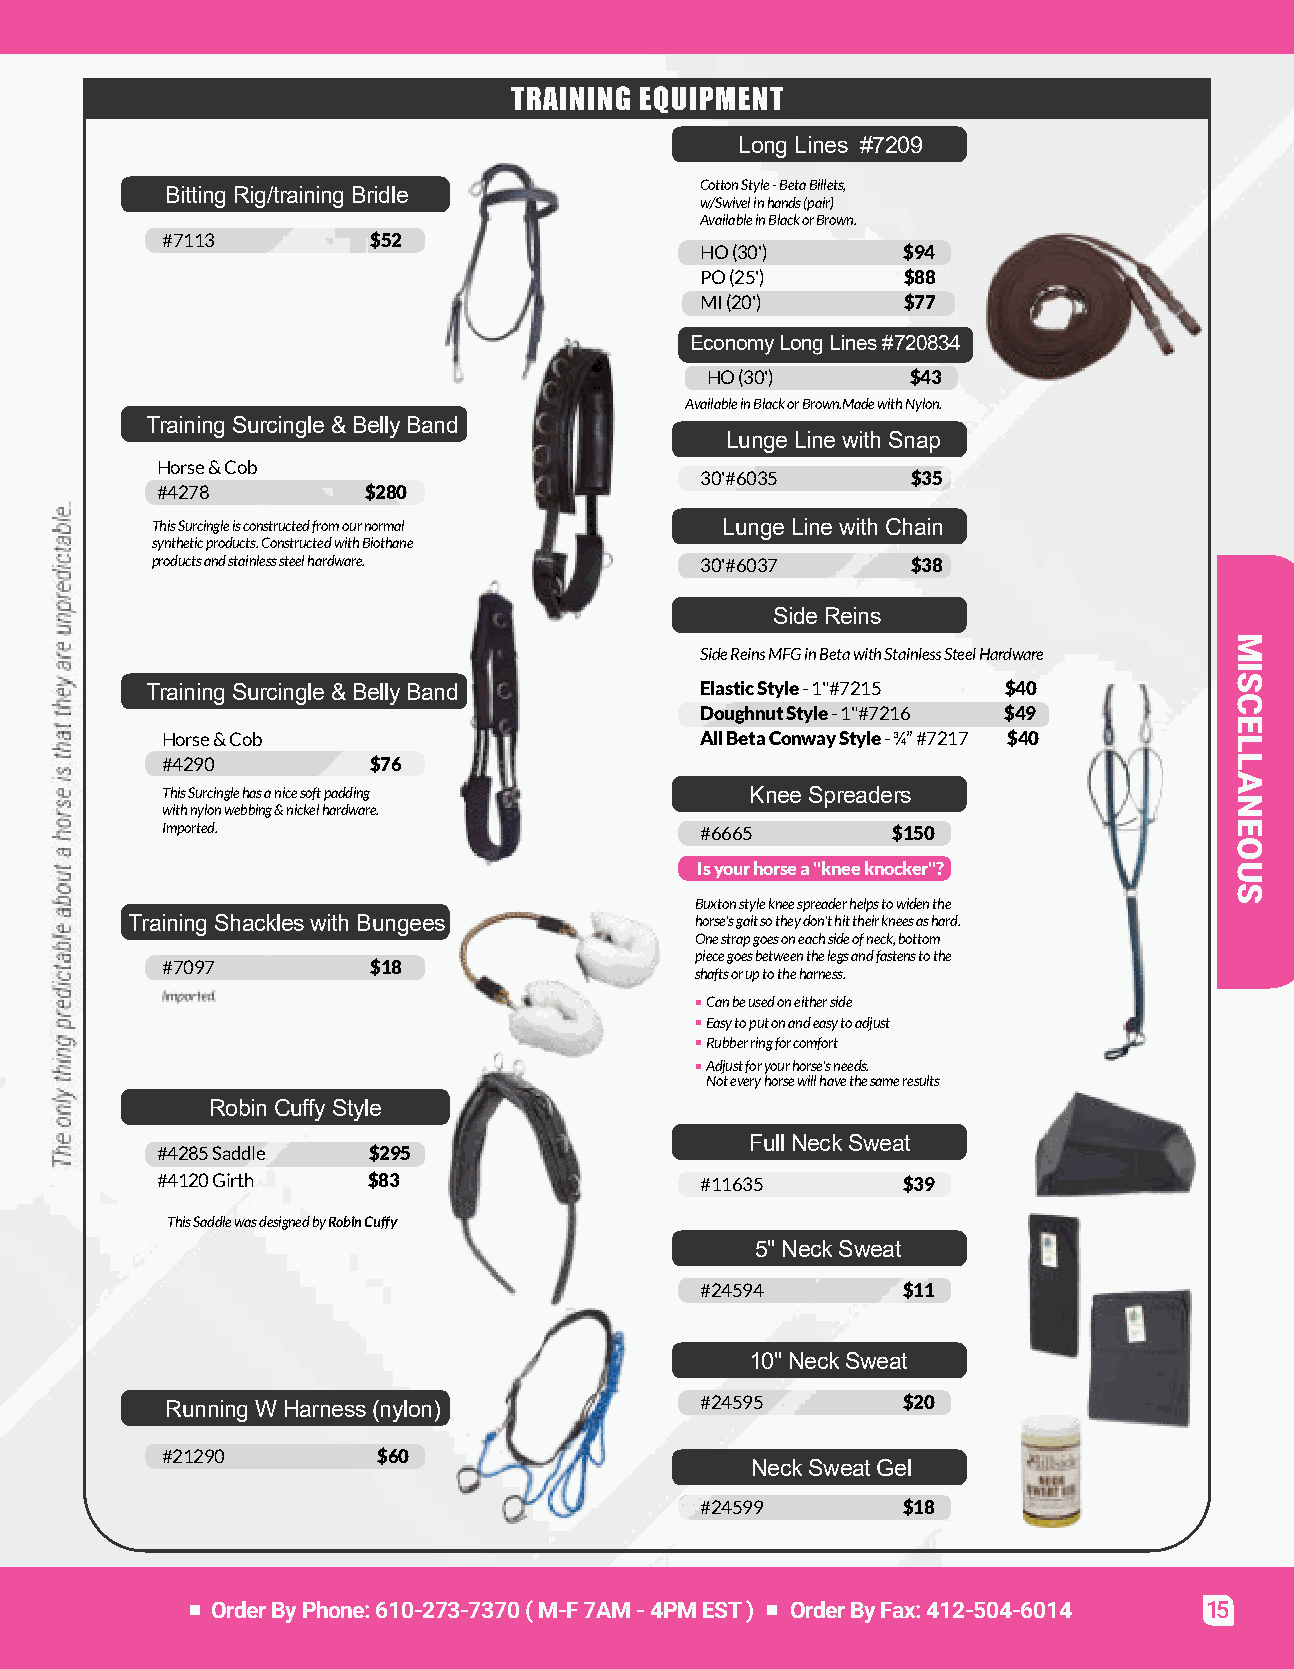
TRAINING EQUIPMENT
 LongLines #7209
 CottonStyle-BetaBillets,
 BittingRig/trainingBridle
 w/Swivelinhands(pair)
 AvailableinBlackorBrown.
 #7113         $52
 HO(30')       $94
 PO(25')       $88
 MI(20')       $77
 EconomyLongLines#720834
 HO(30')      $43
 AvailableinBlackorBrown.MadewithNylon.
 TrainingSurcingle&BellyBand
 LungeLinewithSnap
 Horse&Cob
 30'#6035      $35
 #4278         $280
 ThisSurcingleisconstructedfromournormal LungeLinewithChain
 syntheticproducts.ConstructedwithBiothane
 productsandstainlesssteelhardware.  30'#6037      $38
 SideReins
 SideReinsMFGinBetawithStainlessSteelHardware
 TrainingSurcingle&BellyBand         ElasticStyle-1"#7215 $40
 DoughnutStyle-1"#7216 $49
 Horse&Cob                          AllBetaConwayStyle-¾”#7217 $40
 #4290        $76
 ThisSurcinglehasanicesoftpadding       KneeSpreaders
 withnylonwebbing&nickelhardware.
 Imported.                          #6665        $150
 Isyourhorsea"kneeknocker"?
 Buxtonstylekneespreaderhelpstowidenthe
 TrainingShackleswithBungees          horse'sgaitsotheydon'thittheirkneesashard.
 Onestrapgoesoneachsideofneck,bottom
 piecegoesbetweenthelegsandfastenstothe
 #7097         $18
 shaftsoruptotheharness.
 Imported.                           Canbeusedoneitherside
 Easytoputonandeasytoadjust
 Rubberringforcomfort
 Adjustforyourhorse'sneeds.
 Noteveryhorsewillhavethesameresults
 RobinCuffyStyle
 FullNeckSweat
 #4285Saddle   $295
 #4120Girth    $83                   #11635        $39
 ThisSaddlewasdesignedbyRobinCuffy
 5"NeckSweat
 #24594        $11
 10"NeckSweat
 RunningWHarness(nylon)             #24595        $20
 #21290        $60
 NeckSweatGel
 #24599        $18
 OrderByPhone:610-273-7370(M-F7AM-4PMEST) OrderByFax:412-504-6014  15
 .elbatciderpnuerayehttahtsiesrohatuobaelbatciderpgnihtylnoehT
 MISCELLANEOUS